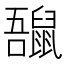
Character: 𪕡